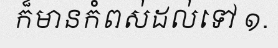
ក៏មានកំពស់ដល់ទៅ ១.